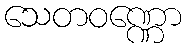
သေတဝဏ္ဏော